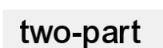
two-part